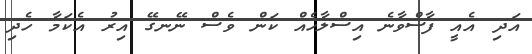
އަދި އެއީ ފާސްވާނެ އިސްލާހެއް ކަން ވެސް ނޭނގޭ އިރު އެކަމާ ހެދި